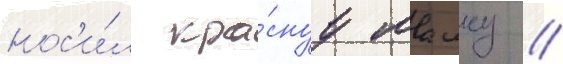
нос'и́л кра́снуу маику //